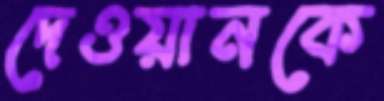
দেওয়ানকে